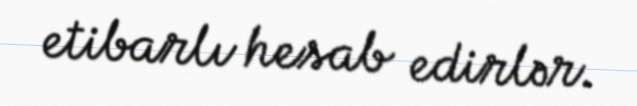
etibarlı hesab edirlər.